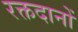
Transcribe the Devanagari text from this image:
रक्तदानों